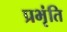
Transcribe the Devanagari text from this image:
प्रभृंति